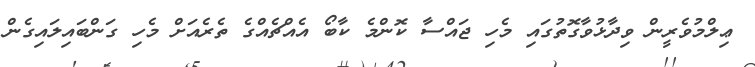
ޢިލްމުވެރީން ވިދާޅުވާގޮތުގައި މެހި ޖައްސާ ކޮންމެ ކާބޯ އެއްޗެއްގެ ތެރެއަށް މެހި ގަންބައިލައިގެން